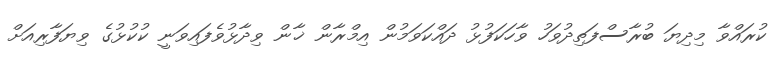
ކުރައްވާ މިދިޔަ ބުރާސްފަތިދުވަހު ވާހަކަފުޅު ދައްކަވަމުން އިމްރާން ޚާން ވިދާޅުވެފައިވަނީ ކުކުޅުގެ ވިޔަފާރިއަށް